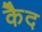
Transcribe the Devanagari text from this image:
कैेद